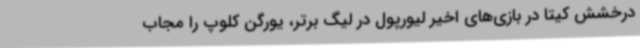
درخشش کیتا در بازی‌های اخیر لیورپول در لیگ برتر، یورگن کلوپ را مجاب